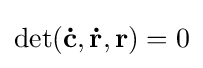
\det(\mathbf {\dot {c}} ,\mathbf {\dot {r}} ,\mathbf {r} )=0